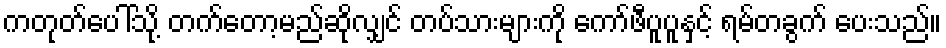
ကတုတ်ပေါ်သို့ တက်တော့မည်ဆိုလျှင် တပ်သားများကို ကော်ဖီပူပူနှင့် ရမ်တခွက် ပေးသည်။